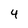
Character: 4